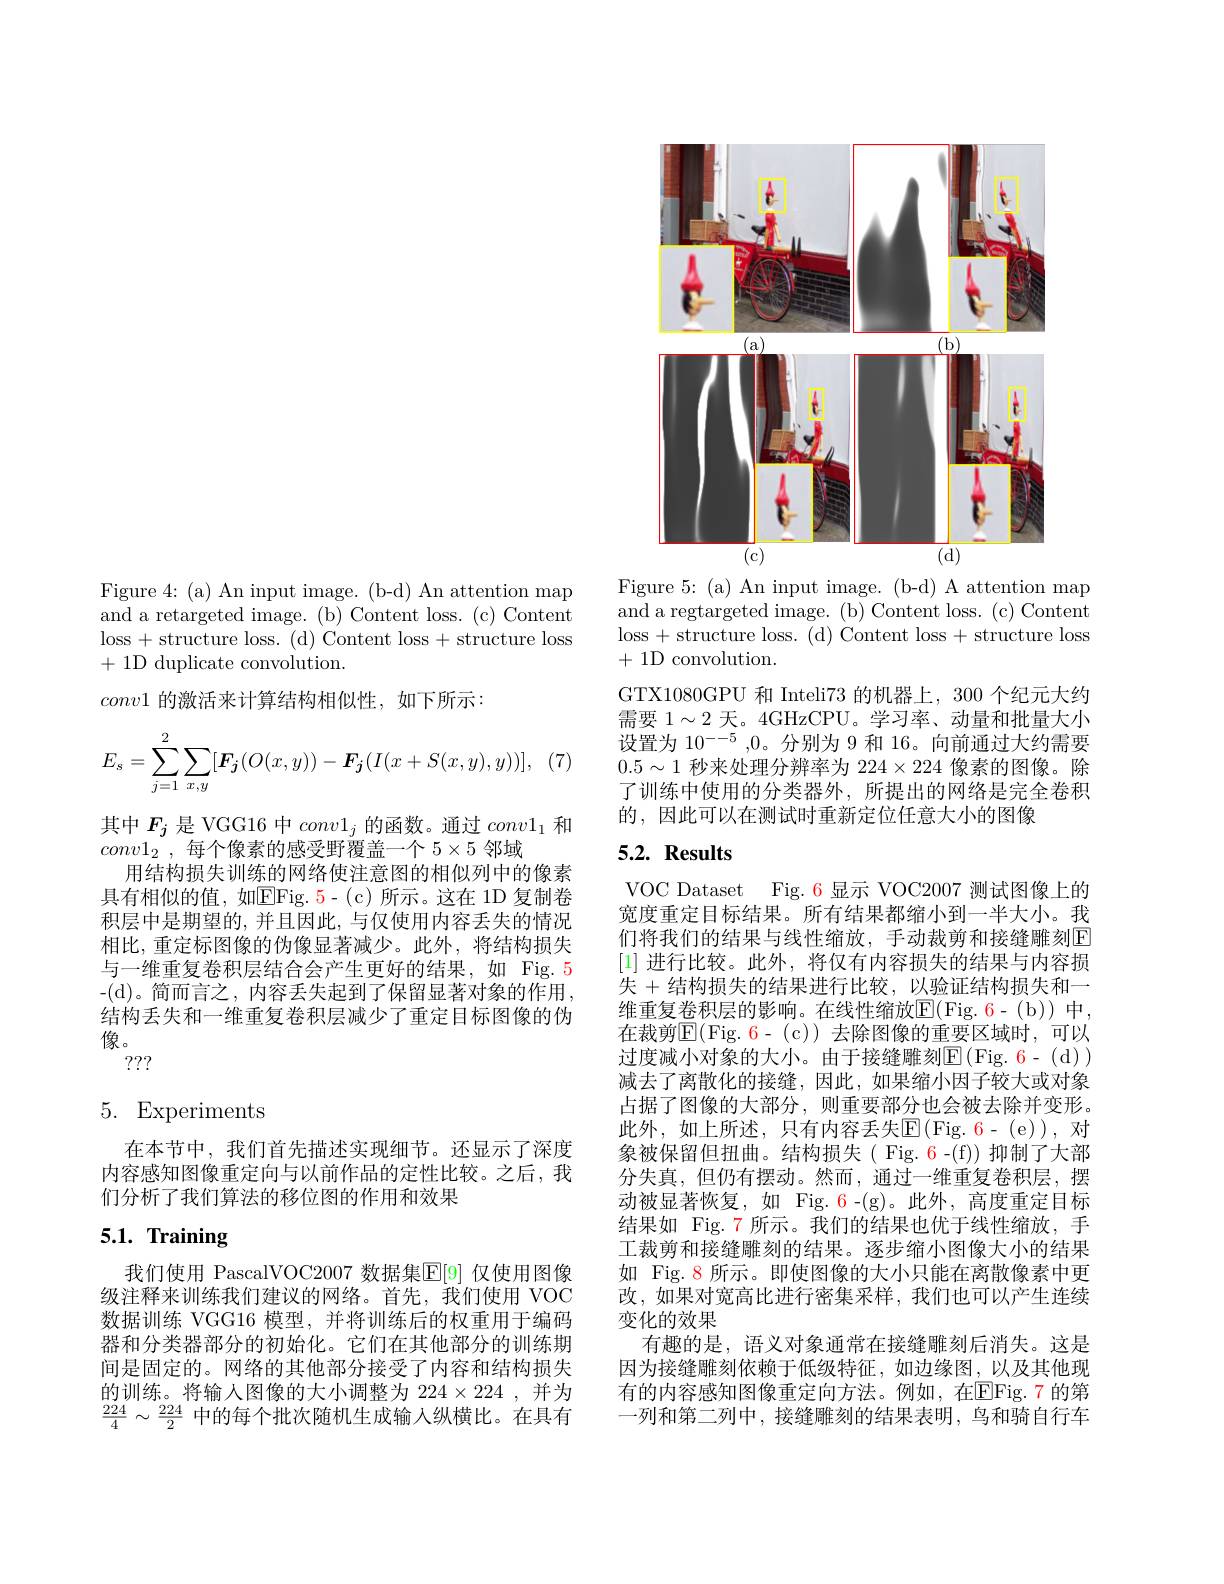
Figure 4: (a) An input image. (b-d) An attention map and a retargeted image. (b) Content loss. (c) Content loss+structure loss.(d) Content loss+structure loss + 1D duplicate convolution.
$conv1$的激活来计算结构相似性，如下所示：
$$E_s=\sum_{j=1}^2\sum[\boldsymbol{F_j}(O(x,y))-\boldsymbol{F_j}(I(x+S(x,y),y))],$$
其中$F_j$是 VGG16 中$conv1_j$的函数。通过$conv1_1$和
$conv1_2$ , 每 个 像 素 的 感 受 野 覆 盖 一 个 $5\times 5$邻域
用结构损失训练的网络使注意图的相似列中的像素具有相似的值，如E$Fig. 5- ( c)$所示。这在1D复制卷积层中是期望的，并且因此，与仅使用内容丢失的情况相比，重定标图像的伪像显著减少。此外，将结构损失与一维重复卷积层结合会产生更好的结果，如 Fig.5 -(d)。简而言之，内容丢失起到了保留显著对象的作用， 结构丢失和一维重复卷积层减少了重定目标图像的伪像。
???

## 5. Experiments

在本节中，我们首先描述实现细节。还显示了深度内容感知图像重定向与以前作品的定性比较。之后，我们分析了我们算法的移位图的作用和效果

# 5.1. Training

我们使用 PascalVOC2007 数据集$\overline{\mathbb{E}}[9]$ 仅使用图像级注释来训练我们建议的网络。首先，我们使用 VOC 数据训练 VGG16 模型，并将训练后的权重用于编码器和分类器部分的初始化。它们在其他部分的训练期间是固定的。网络的其他部分接受了内容和结构损失的训练。将输人图像的大小调整为 224$\times224$ ,并为$\frac{224}{4}\sim\frac{224}{2}$中的每个批次随机生成输入纵横比。在具有

<FigureHere>
Figure 5: (a) An input image. (b-d) A attention map

and a regtargeted image. (b) Content loss. (c) Content loss+structure loss.(d) Content loss+structure loss +1D convolution

GTX1080GPU 和 Inteli73 的机器上，300 个纪元大约需要$1\sim2$天。4GHzCPU。学习率、动量和批量大小设置为$10^{--5}$ ,0。分别为 9 和 16。向前通过大约需要$0.5\sim1$秒来处理分辨率为$224\times224$像素的图像。除了训练中使用的分类器外，所提出的网络是完全卷积的，因此可以在测试时重新定位任意大小的图像

## $5. 2. \textbf{ Results}$

VOC Dataset Fig. 6 显示 VOC2007 测试图像上的宽度重定目标结果。所有结果都缩小到一半大小。我们将我们的结果与线性缩放，手动裁剪和接缝雕刻$\overline{\mathrm{E}}$ [1]进行比较。此外，将仅有内容损失的结果与内容损失+结构损失的结果进行比较，以验证结构损失和一维重复卷积层的影响。在线性缩放E( Fig. 6- ( b) ) 中在裁剪$\operatorname{E}(\operatorname{Fig.~6-~(c)})$去除图像的重要区域时，可以过度减小对象的大小。由于接缝雕刻E(Fig.6-(d)) 减去了离散化的接缝，因此，如果缩小因子较大或对象占据了图像的大部分，则重要部分也会被去除并变形。此外，如上所述，只有内容丢失$\operatorname{E}(\operatorname{Fig.6-(e)})$,对象被保留但扭曲。结构损失(Fig.6-(f))抑制了大部分失真，但仍有摆动。然而，通过一维重复卷积层，摆动被显著恢复，如 Fig.6-(g)。此外，高度重定目标结果如 Fig.7 所示。我们的结果也优于线性缩放，手工裁剪和接缝雕刻的结果。逐步缩小图像大小的结果如 Fig. 8 所示。即使图像的大小只能在离散像素中更改，如果对宽高比进行密集采样，我们也可以产生连续变化的效果
有趣的是，语义对象通常在接缝雕刻后消失。这是因为接缝雕刻依赖于低级特征，如边缘图，以及其他现有的内容感知图像重定向方法。例如，在$\overline{\mathrm{E}}$Fig.7 的第一列和第二列中，接缝雕刻的结果表明，鸟和骑自行车